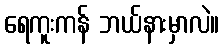
ရေကူးကန် ဘယ်နားမှာလဲ။